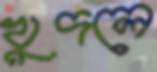
খুদলে